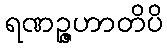
ရဏဉ္ဇဟာတိပိ